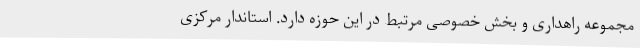
مجموعه راهداری و بخش خصوصی مرتبط در این حوزه دارد. استاندار مرکزی